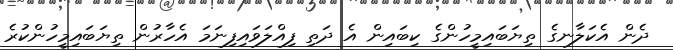
ދެން އެކަލާނގެ ތިޔަބައިމީހުންގެ ކިބައިން އެ ދަތި ފިއްލަވައިފިނަމަ އެހާރުން ތިޔަބައިމީހުންކުރެ